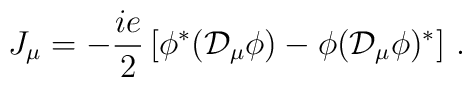
J_{\mu} = - {ie\over 2}              \left[\phi ^{*}({\cal D}_{\mu}\phi) -               \phi ({\cal D}_{\mu}\phi)^{*} \right]\, .